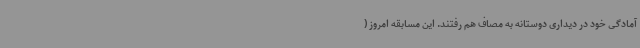
آمادگی خود در دیداری دوستانه به مصاف هم رفتند. این مسابقه امروز (